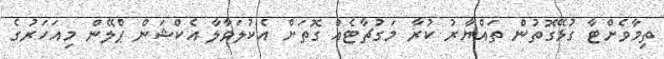
ތިމާވެށްޓާ ގުޅޭގޮތުން ތައްޔާރު ކުރާ މަގުޗާޓެއް ގޮތަށް އެކުލަވާލާ އެކްޝަން ޕްެލޭން މިއަހަރުގެ